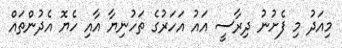
މިއަދު މި ފެށުނު ދިރާސީ އައު އަހަރުގެ ތަހުނިޔާ އާއި ހެޔޮ އެދުންތައް